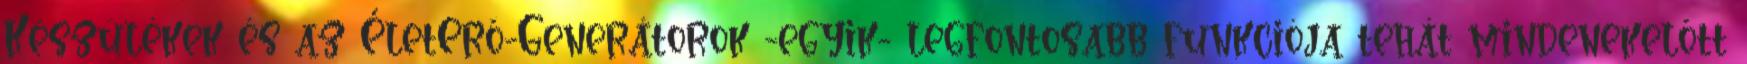
Készülékek és az ÉletErő-Generátorok -egyik- legfontosabb funkciója tehát mindenekelőtt